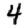
Digit: 4